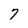
Character: 7